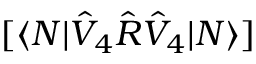
[ \langle N | \hat { V } _ { 4 } \hat { R } \hat { V } _ { 4 } | N \rangle ]